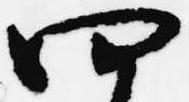
四